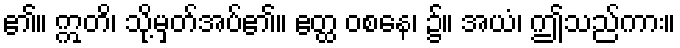
၏။ ဣတိ၊ သို့မှတ်အပ်၏။ ဧတ္ထ ဝစနေ၊ ၌။ အယံ၊ ဤသည်ကား။